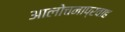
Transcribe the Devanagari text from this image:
आलोचनाप्रवाह